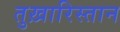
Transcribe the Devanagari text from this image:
तुख़ारिस्तान